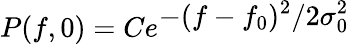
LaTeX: P(f,0)=\displaystyle Ce^{\displaystyle-(f-f_{0})^{2}/2\sigma_{0}^{2}}